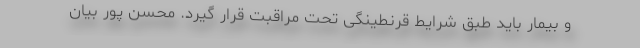
و بیمار باید طبق شرایط قرنطینگی تحت مراقبت قرار گیرد. محسن پور بیان